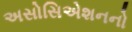
અસોસિએશનનો